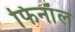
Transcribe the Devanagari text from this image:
फिनाॅल